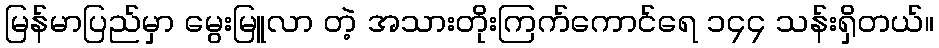
မြန်မာပြည်မှာ မွေးမြူလာ တဲ့ အသားတိုးကြက်ကောင်ရေ ၁၄၄ သန်းရှိတယ်။